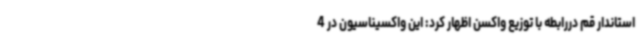
استاندار قم دررابطه با توزیع واکسن اظهار کرد: این واکسیناسیون در 4